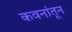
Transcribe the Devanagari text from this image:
कवनांतून